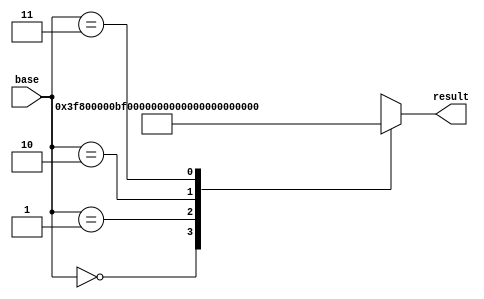
module fp_inv_fact_lut_2x1_s (
    input [1:0] base,
    output [31:0] result
);

    always @(*) begin
        case (base)
            2'b00: result = 32'h3f800000;   // 1*1/0! = 1
            2'b01: result = 32'hbf000000;   // -1*1/2! = -.5
            2'b10: result = 32'h3d2aaaab;   // 1*1/4! = 0.04166667
            2'b11: result = 32'hbab60b61;   // -1*1/6! = -0.00138889
        endcase
    end

endmodule